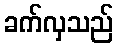
ခက်လှသည်